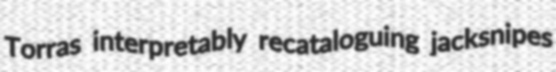
Torras interpretably recataloguing jacksnipes